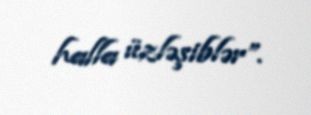
halla üzləşiblər”.